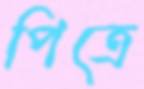
পিত্রে